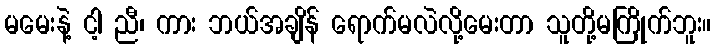
မမေးနဲ့ ငါ့ ညီ၊ ကား ဘယ်အချိန် ရောက်မလဲလို့မေးတာ သူတို့မကြိုက်ဘူး။